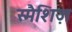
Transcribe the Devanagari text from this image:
स्मैशिज़